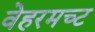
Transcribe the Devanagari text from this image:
वेहरमच्ट